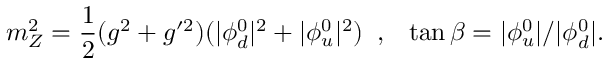
m _ { Z } ^ { 2 } = \frac { 1 } { 2 } ( g ^ { 2 } + g ^ { \prime 2 } ) ( | \phi _ { d } ^ { 0 } | ^ { 2 } + | \phi _ { u } ^ { 0 } | ^ { 2 } ) \; \; , \; \; \: \tan \beta = | \phi _ { u } ^ { 0 } | / | \phi _ { d } ^ { 0 } | .